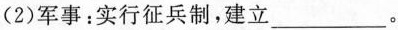
(2)军事：实行征兵制，建立___。